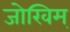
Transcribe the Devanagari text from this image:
जोखिम्